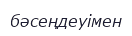
бәсеңдеуімен